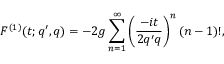
F ^ { ( 1 ) } ( t ; q ^ { \prime } , q ) = - 2 g \sum _ { n = 1 } ^ { \infty } \left( \frac { - i t } { 2 q ^ { \prime } q } \right) ^ { n } ( n - 1 ) ! ,